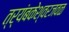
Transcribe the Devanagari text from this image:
त्र्यंबकेश्वरजवळ